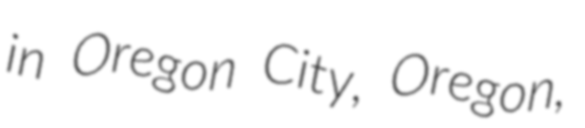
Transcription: in Oregon City, Oregon,